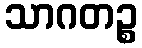
သာဂတဉ္စ